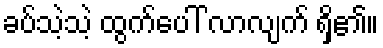
ခပ်သဲ့သဲ့ ထွက်ပေါ် လာလျက် ရှိ၏။